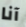
آنا